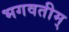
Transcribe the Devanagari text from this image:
भगवतीम्